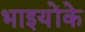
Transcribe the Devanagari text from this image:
भाइयोंके